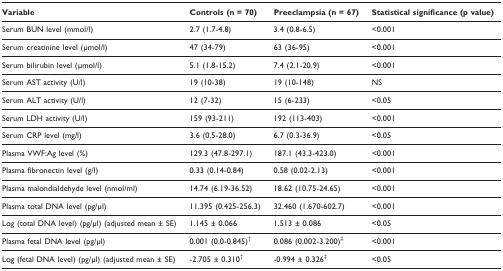
| Variable | Controls (n = 70) | Preeclampsia (n = 67) | Statistical significance (p value) |
 | --- | --- | --- | --- |
 | Serum BUN level (mmol/l) | 2.7 (1.7-4.8) | 3.4 (0.8-6.5) | <0.001 |
 | Serum creatinine level (μmol/l) | 47 (34-79) | 63 (36-95) | <0.001 |
 | Serum bilirubin level (μmol/l) | 5.1 (1.8-15.2) | 7.4 (2.1-20.9) | <0.001 |
 | Serum AST activity (U/l) | 19 (10-38) | 19 (10-148) | NS |
 | Serum ALT activity (U/l) | 12 (7-32) | 15 (6-233) | <0.05 |
 | Serum LDH activity (U/l) | 159 (93-211) | 192 (113-403) | <0.001 |
 | Serum CRP level (mg/l) | 3.6 (0.5-28.0) | 6.7 (0.3-36.9) | <0.05 |
 | Plasma VWF:Ag level (%) | 129.3 (47.8-297.1) | 187.1 (43.3-423.0) | <0.001 |
 | Plasma fibronectin level (g/l) | 0.33 (0.14-0.84) | 0.58 (0.02-2.13) | <0.001 |
 | Plasma malondialdehyde level (nmol/ml) | 14.74 (6.19-36.52) | 18.62 (10.75-24.65) | <0.001 |
 | Plasma total DNA level (pg/μl) | 11.395 (0.425-256.3) | 32.460 (1.670-602.7) | <0.001 |
 | Log (total DNA level) (pg/μl) (adjusted mean ± SE) | 1.145 ± 0.066 | 1.513 ± 0.086 | <0.05 |
 | Plasma fetal DNA level (pg/μl) | 0.001 (0.0-0.845)† | 0.086 (0.002-3.200)‡ | <0.001 |
 | Log (fetal DNA level) (pg/μl) (adjusted mean ± SE) | -2.705 ± 0.310† | -0.994 ± 0.326‡ | <0.05 |